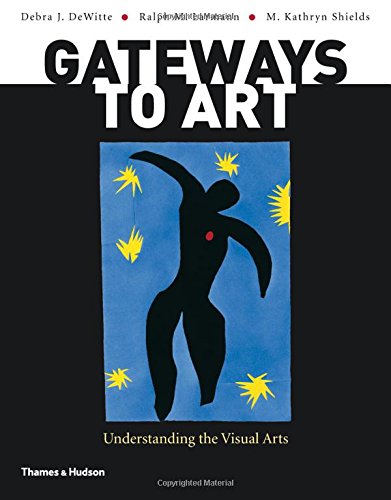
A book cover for Gateways to Art: Understanding the Visual Arts; Debra J. DeWitte; Arts & Photography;